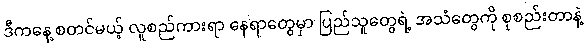
ဒီကနေ့ စတင်မယ့် လူစည်ကားရာ နေရာတွေမှာ ပြည်သူတွေရဲ့ အသံတွေကို စုစည်းတာနဲ့